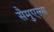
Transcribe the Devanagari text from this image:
सैमुएल्स